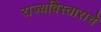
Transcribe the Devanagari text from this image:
राज्यविस्ताराचे